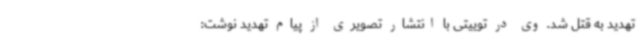
تهدید به قتل شد. وی در توییتی با انتشار تصویری از پیام تهدید نوشت: